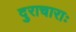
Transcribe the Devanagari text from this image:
दुराचाराः